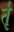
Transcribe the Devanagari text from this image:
र्तृ